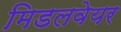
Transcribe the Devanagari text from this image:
मिडलवेयर